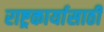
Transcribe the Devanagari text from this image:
राष्ट्रकार्यासाठी